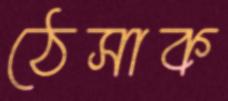
ঠেসাক